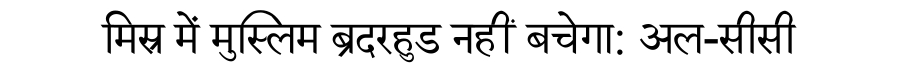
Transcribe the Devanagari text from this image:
मिस्र में मुस्लिम ब्रदरहुड नहीं बचेगा: अल-सीसी